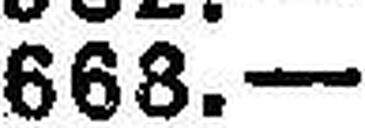
668.—